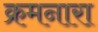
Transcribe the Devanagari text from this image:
क्रमनारा